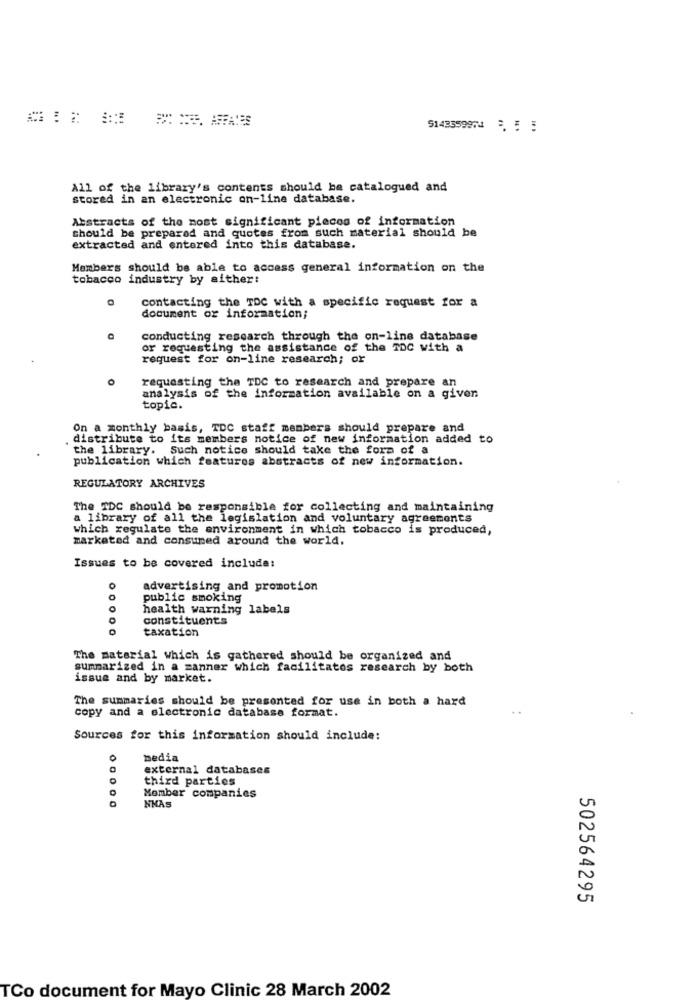
514359997435 5
All of the library's contents should be catalogued and
stored in an electronic on-line database.
Abstracts of the most significant pieces of information
should be prepared and quotes from such material should be
extracted and entered into this database.
Members should be able to access general information on the
tobacco industry by aither:
contacting the TDC with a specific request for a
document or information;
conducting research through the on-line database
or requesting the assistance of the TDC with a
request for on-line research; or
requesting the TDC to research and prepare an
analysis of the information available on a given
topic.
On a monthly basis, TDC staff members should prepare and
distribute to its members notice of new information added to
the library. Such notice should take the form of a
publication which features abstracts of new information.
REGULATORY ARCHIVES
The TDC should be responsible for collecting and maintaining
a library of all the legislation and voluntary agreements
which regulate the environment in which tobacco is produced,
marketed and consumed around the world.
Issues to be covered include:
advertising and promotion
public smoking
health warning labels
constituents
0
taxation
The material which is gathered should be organized and
summarized in a manner which facilitates research by both
issue and by market.
The summaries should be presented for use in both a hard
copy and a electronic database format.
Sources for this information should include:
media
external databases
third parties
00000
Member companies
NMAS
502564295
TCo document for Mayo Clinic 28 March 2002